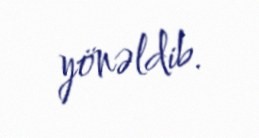
yönəldib.